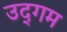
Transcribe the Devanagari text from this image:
उद्‌गम